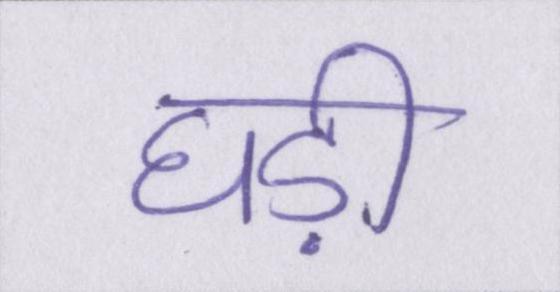
घड़ी